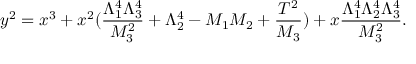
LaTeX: y ^ { 2 } = x ^ { 3 } + x ^ { 2 } ( \frac { \Lambda _ { 1 } ^ { 4 } \Lambda _ { 3 } ^ { 4 } } { M _ { 3 } ^ { 2 } } + \Lambda _ { 2 } ^ { 4 } - M _ { 1 } M _ { 2 } + \frac { T ^ { 2 } } { M _ { 3 } } ) + x \frac { \Lambda _ { 1 } ^ { 4 } \Lambda _ { 2 } ^ { 4 } \Lambda _ { 3 } ^ { 4 } } { M _ { 3 } ^ { 2 } } . \nonumber